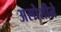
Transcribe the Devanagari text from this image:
असोशीने